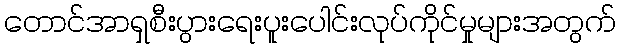
တောင်အာရှစီးပွားရေးပူးပေါင်းလုပ်ကိုင်မှုများအတွက်